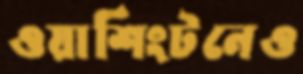
ওয়াশিংটনেও